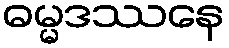
ဓမ္မဒဿနေ